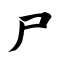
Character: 尸